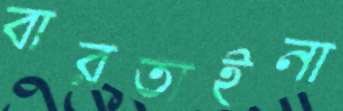
বারতাইনা